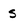
Character: S